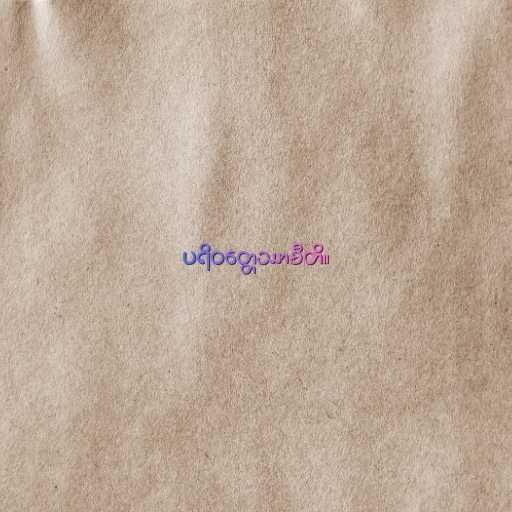
ပရိဝတ္တေဿာမီတိ။